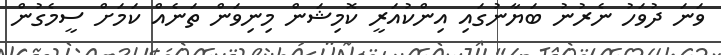
ވަނަ ދުވަހު ނެރުނު ބަޔާނުގައި އިންކުއަރީ ކޮމިޝަން މިނިވަން ތަނެއް ކަމަށް ސީމެގުން